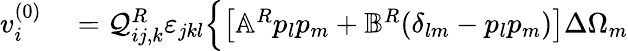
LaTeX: \begin{array}{rl}{v_{i}^{(0)}}&{{}=\mathcal{Q}_{ij,k}^{R}\varepsilon_{jkl}\Bigl\{ \left[\mathbb{A}^{R}p_{l}p_{m}+\mathbb{B}^{R}(\delta_{lm}-p_{l}p_{m})\right]\Delta\Omega_{m}}\end{array}